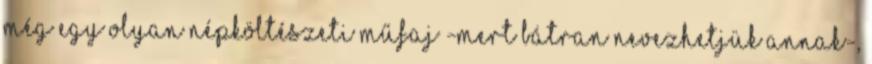
még egy olyan népköltészeti műfaj -mert bátran nevezhetjük annak-,